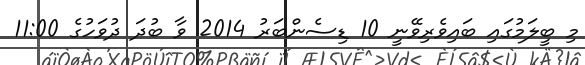
މި ބީލަމުގައި ބައިވެރިވޭނީ 10 ޑިސެންބަރު 2014 ވާ ބުދަ ދުވަހުގެ 11:00